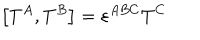
\left[ T ^ { A } , T ^ { B } \right] = \varepsilon ^ { A B C } T ^ { C } \, \,